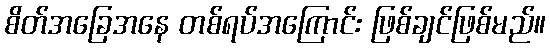
စိတ်အခြေအနေ တစ်ရပ်အကြောင်း ဖြစ်ချင်ဖြစ်မည်။